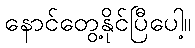
နောင်တွေ့နိုင်ပြီပေါ့။